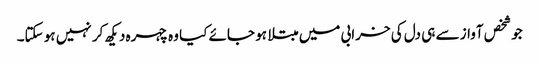
جو شخص آواز سے ہی دل کی خرابی میں مبتلا ہو جائے کیا وہ چہرہ دیکھ کر نہیں ہو سکتا۔